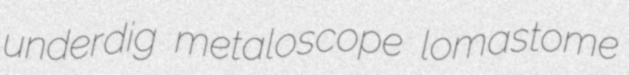
underdig metaloscope lomastome